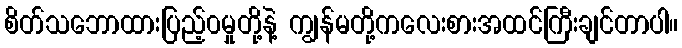
စိတ်သဘောထားပြည့်၀မှုတို့နဲ့ ကျွန်မတို့ကလေးစားအထင်ကြီးချင်တာပါ။